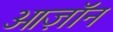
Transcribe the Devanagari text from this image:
ओज़ॉन